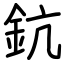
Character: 鈧